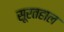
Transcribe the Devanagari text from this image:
सूरतहाल